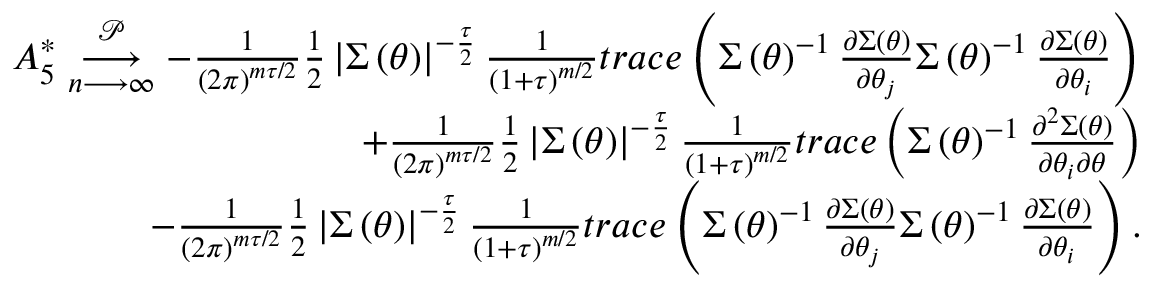
\begin{array} { r l r } & { } & { A _ { 5 } ^ { \ast } \underset { n \longrightarrow \infty } { \overset { \mathcal { P } } { \longrightarrow } } - \frac { 1 } { \left( 2 \pi \right) ^ { m \tau / 2 } } \frac { 1 } { 2 } \left\vert \boldsymbol { \Sigma } \left( \boldsymbol { \theta } \right) \right\vert ^ { - \frac { \tau } { 2 } } \frac { 1 } { \left( 1 + \tau \right) ^ { m / 2 } } t r a c e \left( \boldsymbol { \Sigma } \left( \boldsymbol { \theta } \right) ^ { - 1 } \frac { \partial \boldsymbol { \Sigma } \left( \boldsymbol { \theta } \right) } { \partial \theta _ { j } } \boldsymbol { \Sigma } \left( \boldsymbol { \theta } \right) ^ { - 1 } \frac { \partial \boldsymbol { \Sigma } \left( \boldsymbol { \theta } \right) } { \partial \theta _ { i } } \right) } \\ & { } & { + \frac { 1 } { \left( 2 \pi \right) ^ { m \tau / 2 } } \frac { 1 } { 2 } \left\vert \boldsymbol { \Sigma } \left( \boldsymbol { \theta } \right) \right\vert ^ { - \frac { \tau } { 2 } } \frac { 1 } { \left( 1 + \tau \right) ^ { m / 2 } } t r a c e \left( \boldsymbol { \Sigma } \left( \boldsymbol { \theta } \right) ^ { - 1 } \frac { \partial ^ { 2 } \boldsymbol { \Sigma } \left( \boldsymbol { \theta } \right) } { \partial \theta _ { i } \partial \theta } \right) } \\ & { } & { - \frac { 1 } { \left( 2 \pi \right) ^ { m \tau / 2 } } \frac { 1 } { 2 } \left\vert \boldsymbol { \Sigma } \left( \boldsymbol { \theta } \right) \right\vert ^ { - \frac { \tau } { 2 } } \frac { 1 } { \left( 1 + \tau \right) ^ { m / 2 } } t r a c e \left( \boldsymbol { \Sigma } \left( \boldsymbol { \theta } \right) ^ { - 1 } \frac { \partial \boldsymbol { \Sigma } \left( \boldsymbol { \theta } \right) } { \partial \theta _ { j } } \boldsymbol { \Sigma } \left( \boldsymbol { \theta } \right) ^ { - 1 } \frac { \partial \boldsymbol { \Sigma } \left( \boldsymbol { \theta } \right) } { \partial \theta _ { i } } \right) . } \end{array}